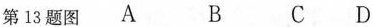
第13题图A B C D